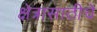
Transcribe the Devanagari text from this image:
क्षेत्रासाठीचे